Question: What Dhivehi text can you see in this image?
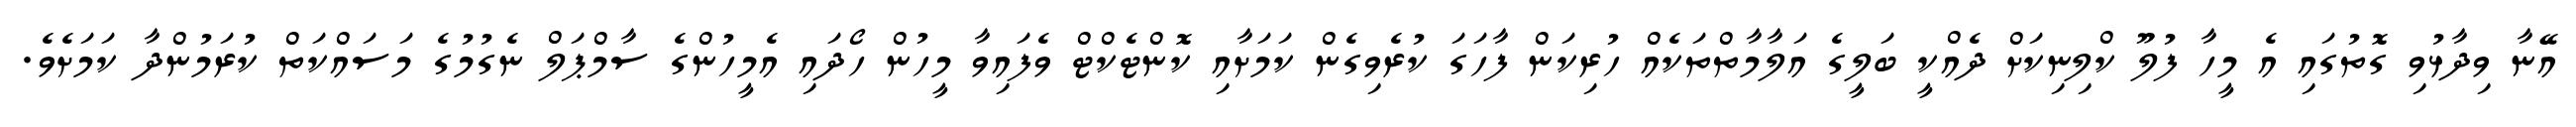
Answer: އޭނާ ވިދާޅުވި ގޮތުގައި އެ މީހާ ފުލޫ ކްލިނިކަށް ދެއްކީ ބަލީގެ އަލާމާތްތަކެއް ހުރިކަން ފާހަގަ ކުރެވިގެން ކަމަށާއި ކޮންޓެކްޓް ވެފައިވާ މީހުން ހޯދައި އެމީހުންގެ ސާމްޕަލް ނެގުމުގެ މަސައްކަތް ކުރަމުންދާ ކަމަށެވެ.